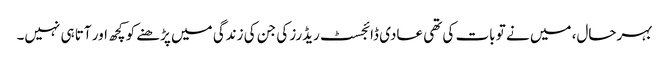
بہرحال، میں نے تو بات کی تھی عادی ڈائجسٹ ریڈرز کی جن کی زندگی میں پڑھنے کو کچھ اور آتا ہی نہیں۔